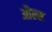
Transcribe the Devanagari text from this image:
औल्स